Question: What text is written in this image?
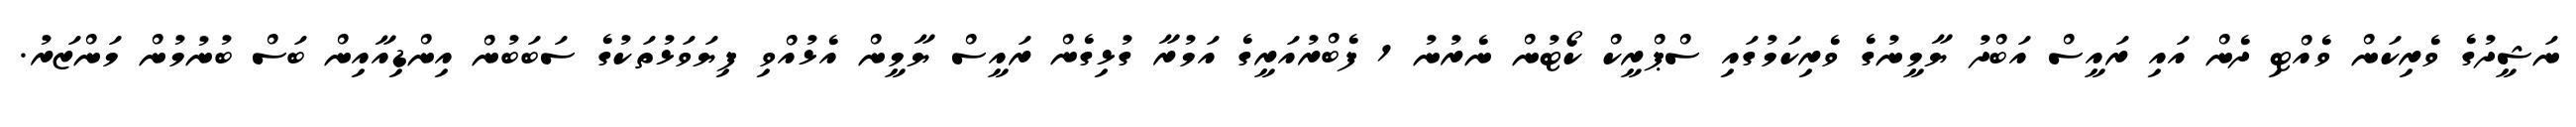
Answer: ނަޝީދުގެ ވެރިކަން ވެއްޓި ދެން އައި ރައީސް އަބްދު ޔާމީނުގެ ވެރިކަމުގައި ސްޕްރީކް ކޯޓުން ނެރުނު 1 ފެބްރުއަރީގެ އަމުރާ ގުޅިގެން ރައީސް ޔާމީން އެޅުއްވި ފިޔަވަޅުތަކުގެ ސަބަބުން އިންޑިއާއިން ބަސް ބުނުމުން މަންޒަރު.